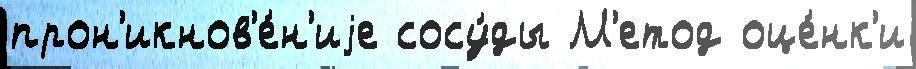
прон'икнов'е́н'иjе сосу́ды М'етод оце́нк'и